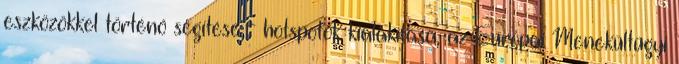
eszközökkel történő segítése - hotspotok kialakítása, az Európai Menekültügyi